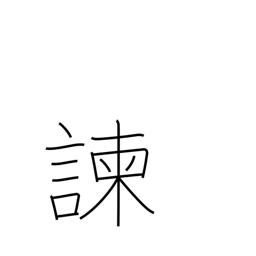
Meaning: dissuade